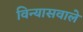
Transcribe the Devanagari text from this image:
विन्यासवाले